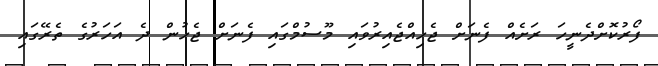
ފޯރުކޮށްދެނީހަ ރަށެއް ފެނަށް ޖެހިއްޖެއިރުވައި މޫސުމްގައި ފެނަށް ޖެހުން ދެ އަހަރުގެ ތެރޭގައި